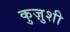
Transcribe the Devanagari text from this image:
कुज़ुशी